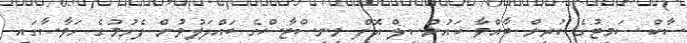
ސާކް ސަމިޓުގެ ކުރިން ބާއްވާ ކައުންސިލް އޮފް މިނިސްޓާސްގެ ބައްދަލުވުން ފެށުމުގެ ހަވާސާގައި